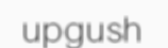
upgush